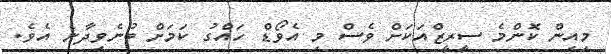
މިއިން ކޮންމެ ސީރީޒްއަކަށް ވެސް މި އެވޯޑް ހައްގު ކަމަށް ބުނެވިދާނެ އެވެ.